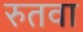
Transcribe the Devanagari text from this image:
रुतवा